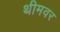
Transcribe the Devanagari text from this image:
थीमवर